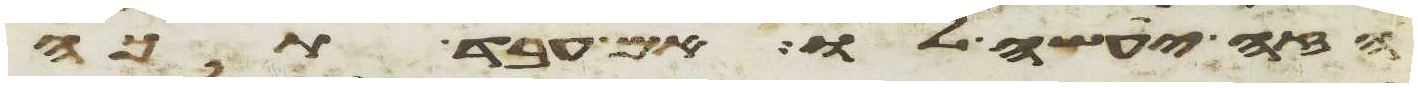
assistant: הזה יעשה לו אם עבד תכה